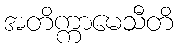
အတိက္ကာမေသီတိ